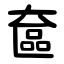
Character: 奩